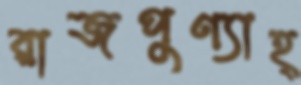
রাজপুণ্যাহ্